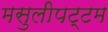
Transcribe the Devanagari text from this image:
मसुलीपट्टम